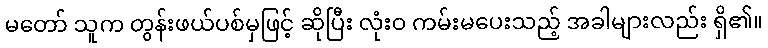
မတော် သူက တွန်းဖယ်ပစ်မှဖြင့် ဆိုပြီး လုံးဝ ကမ်းမပေးသည့် အခါများလည်း ရှိ၏။